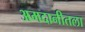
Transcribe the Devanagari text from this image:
अमदानीतला